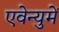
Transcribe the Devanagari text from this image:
एवेन्युमें